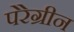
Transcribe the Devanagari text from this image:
पेरेग्रीन